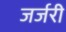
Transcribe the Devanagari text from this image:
जर्जरी